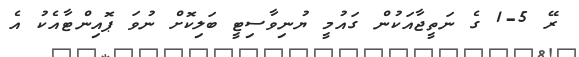
ރޭ 5-1 ގެ ނަތީޖާއަކުން ގައުމީ ޔުނިވާސިޓީ ބަލިކޮށް ނުވަ ޕޮއިންޓާއެކު އެ